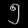
Digit: ၅